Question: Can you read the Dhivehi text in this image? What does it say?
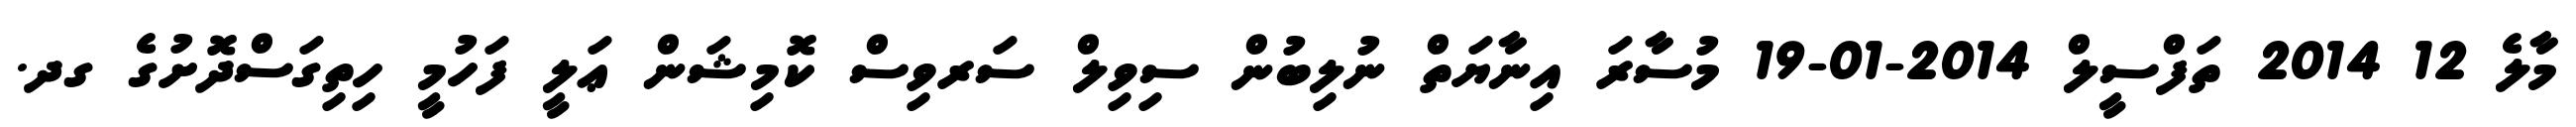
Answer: މާލެ 12 2014 ތަފްސީލް 2014-01-19 މުސާރަ އިނާޔަތް ނުލިބުން ސިވިލް ސަރވިސް ކޮމިޝަން ޢަލީ ފަހުމީ ހިތިގަސްދޮށުގެ ގދ.